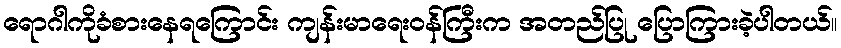
ရောဂါကိုခံစားနေရကြောင်း ကျန်းမာရေးဝန်ကြီးက အတည်ပြု ပြောကြားခဲ့ပါတယ်။